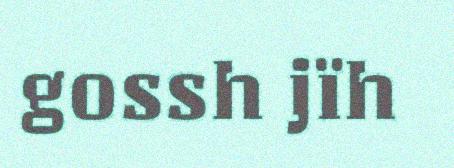
gossh jïh